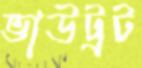
ভাউট্রট